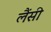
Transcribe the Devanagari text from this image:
लैंसी